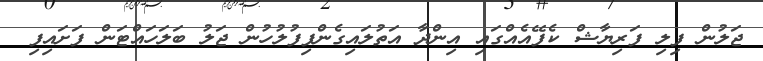
ޖަލުން ފިލި ފަރިޔާޝް ކެފޭއެއްގައި އިންދާ އަތުލައިގެންފިފުލުހުން ޖަލު ބަލަހައްޓަން ފަށައިފި